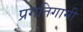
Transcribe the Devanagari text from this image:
प्रगतिगामी